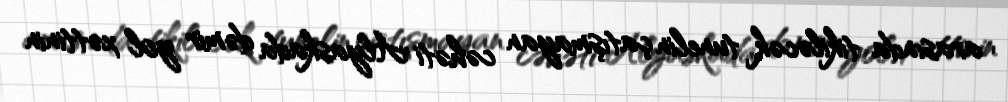
arasında tikiləcək tunelin çatışmayan cəhəti Alyaskada dəmir yol xəttinin